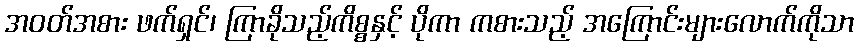
အဝတ်အစား ဖက်ရှင်၊ ကြာခိုသည့်ကိစ္စနှင့် ပိုကာ ကစားသည့် အကြောင်းများလောက်ကိုသာ